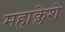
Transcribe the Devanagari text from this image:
महाक्लेशे